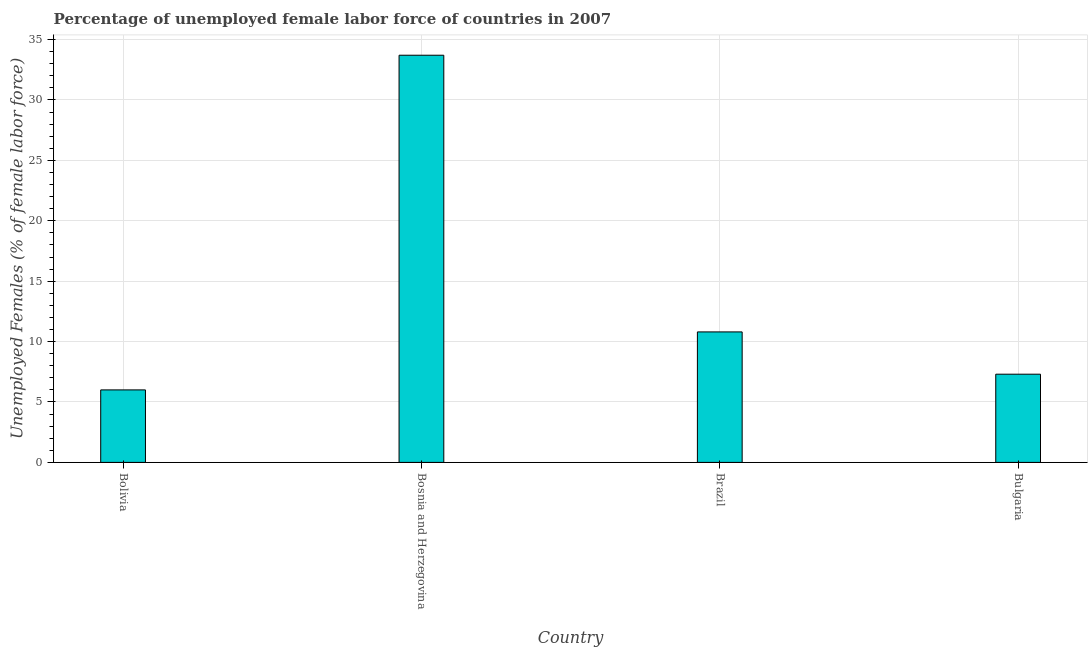
| Country | Unemployment female |
 | --- | --- |
 | Bolivia | 6 |
 | Bosnia and Herzegovina | 33.7 |
 | Brazil | 10.8 |
 | Bulgaria | 7.3 |